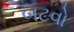
બટવો